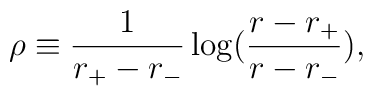
\rho \equiv \frac{1}{r_{+}-r_{-}}\log (\frac{r-r_{+}}{r-r_{-}}),